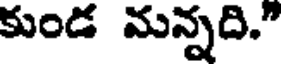
కుండ మన్నది."